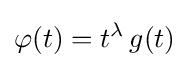
\varphi (t)=t^{\lambda }\,g(t)